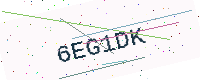
Text: 6EG1DK